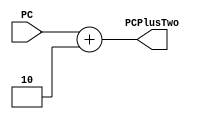
module adder1 (input [15:0] PC,
			  output reg [15:0] PCPlusTwo);
			  
always @ (*)
	begin
		PCPlusTwo = PC + 16'h0002;
	end
	
endmodule